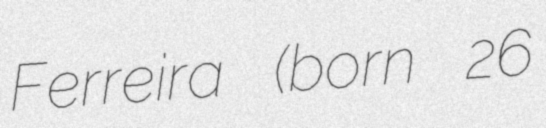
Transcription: Ferreira (born 26